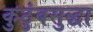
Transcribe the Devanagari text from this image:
कुटुंबसुद्धा